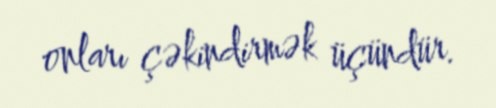
onları çəkindirmək üçündür.